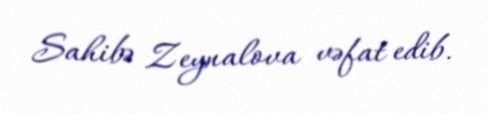
Sahibə Zeynalova vəfat edib.